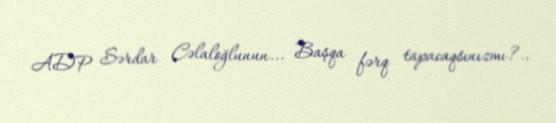
ADP Sərdar Cəlaloğlunun... Başqa fərq tapacaqsınızmı?..